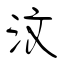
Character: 汶